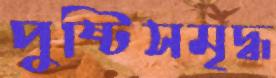
পুষ্টিসমৃদ্ধ